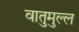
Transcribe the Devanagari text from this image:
वातुमुल्ल